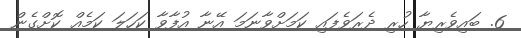
6. ބައިވެރިޔާ ހުރި ދެރަވެފައި ކަމަށްވާނަމަ އޭނާ އުފާވާ ކަހަލަ ކަމެއް ކޮށްގެން